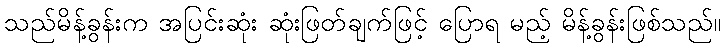
သည်မိန့်ခွန်းက အပြင်းဆုံး ဆုံးဖြတ်ချက်ဖြင့် ပြောရ မည့် မိန့်ခွန်းဖြစ်သည်။